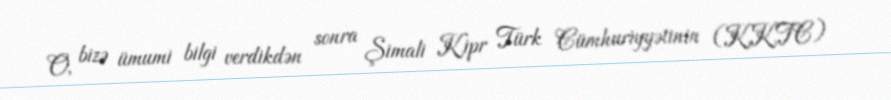
O, bizə ümumi bilgi verdikdən sonra Şimali Kipr Türk Cümhuriyyətinin (KKTC)